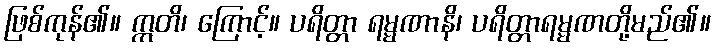
ဖြစ်ကုန်၏။ ဣတိ၊ ကြောင့်။ ပရိတ္တာ ရမ္မဏာနိ၊ ပရိတ္တာရမ္မဏတို့မည်၏။